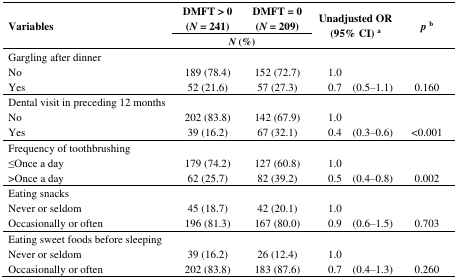
<table><thead><tr><td rowspan="2"><b>Variables</b></td><td><b>DMFT &gt; 0 (<i>N</i> = 241)</b></td><td><b>DMFT = 0 (<i>N</i> = 209)</b></td><td rowspan="2" colspan="2"><b>Unadjusted OR (95% CI) <sup>a</sup></b></td><td rowspan="2"><b><i>p</i><sup>b</sup></b></td></tr><tr><td colspan="2"><b><i>N</i> (%)</b></td></tr></thead><tbody><tr><td>Gargling after dinner</td><td></td><td></td><td></td><td></td><td></td></tr><tr><td>No</td><td>189 (78.4)</td><td>152 (72.7)</td><td>1.0 </td><td></td><td></td></tr><tr><td>Yes</td><td>52 (21.6)</td><td>57 (27.3)</td><td>0.7</td><td>(0.5–1.1)</td><td>0.160</td></tr><tr><td>Dental visit in preceding 12 months</td><td></td><td></td><td></td><td></td><td></td></tr><tr><td>No</td><td>202 (83.8)</td><td>142 (67.9)</td><td>1.0 </td><td></td><td></td></tr><tr><td>Yes</td><td>39 (16.2)</td><td>67 (32.1)</td><td>0.4</td><td>(0.3–0.6)</td><td>&lt;0.001</td></tr><tr><td>Frequency of toothbrushing </td><td></td><td></td><td></td><td></td><td></td></tr><tr><td>≤Once a day</td><td>179 (74.2)</td><td>127 (60.8)</td><td>1.0 </td><td></td><td></td></tr><tr><td>&gt;Once a day </td><td>62 (25.7)</td><td>82 (39.2)</td><td>0.5 </td><td>(0.4–0.8)</td><td>0.002</td></tr><tr><td>Eating snacks </td><td></td><td></td><td></td><td></td><td></td></tr><tr><td>Never or seldom </td><td>45 (18.7)</td><td>42 (20.1)</td><td>1.0 </td><td></td><td></td></tr><tr><td>Occasionally or often </td><td>196 (81.3)</td><td>167 (80.0)</td><td>0.9 </td><td>(0.6–1.5)</td><td>0.703</td></tr><tr><td>Eating sweet foods before sleeping</td><td></td><td></td><td></td><td></td><td></td></tr><tr><td>Never or seldom</td><td>39 (16.2)</td><td>26 (12.4)</td><td>1.0 </td><td></td><td></td></tr><tr><td>Occasionally or often </td><td>202 (83.8)</td><td>183 (87.6)</td><td>0.7 </td><td>(0.4–1.3)</td><td>0.260</td></tr></tbody></table>